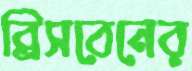
ব্রিসবেনের